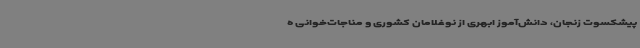
پیشکسوت زنجان، دانش‌آموز ابهری از نوغلامان کشوری و مناجات‌خوانی ه